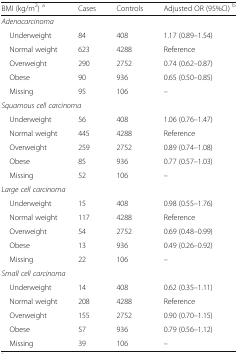
<table><thead><tr><td><b>BMI (kg/m<sup>2</sup>) <sup>a</sup></b></td><td><b>Cases</b></td><td><b>Controls</b></td><td><b>Adjusted OR (95%CI) <sup>b</sup></b></td></tr></thead><tbody><tr><td colspan="4"><i>Adenocarcinoma</i></td></tr><tr><td> Underweight</td><td>84</td><td>408</td><td>1.17 (0.89–1.54)</td></tr><tr><td> Normal weight</td><td>623</td><td>4288</td><td>Reference</td></tr><tr><td> Overweight</td><td>290</td><td>2752</td><td>0.74 (0.62–0.87)</td></tr><tr><td> Obese</td><td>90</td><td>936</td><td>0.65 (0.50–0.85)</td></tr><tr><td> Missing</td><td>95</td><td>106</td><td>–</td></tr><tr><td colspan="4"><i>Squamous cell carcinoma</i></td></tr><tr><td> Underweight</td><td>56</td><td>408</td><td>1.06 (0.76–1.47)</td></tr><tr><td> Normal weight</td><td>445</td><td>4288</td><td>Reference</td></tr><tr><td> Overweight</td><td>259</td><td>2752</td><td>0.89 (0.74–1.08)</td></tr><tr><td> Obese</td><td>85</td><td>936</td><td>0.77 (0.57–1.03)</td></tr><tr><td> Missing</td><td>52</td><td>106</td><td>–</td></tr><tr><td colspan="4"><i>Large cell carcinoma</i></td></tr><tr><td> Underweight</td><td>15</td><td>408</td><td>0.98 (0.55–1.76)</td></tr><tr><td> Normal weight</td><td>117</td><td>4288</td><td>Reference</td></tr><tr><td> Overweight</td><td>54</td><td>2752</td><td>0.69 (0.48–0.99)</td></tr><tr><td> Obese</td><td>13</td><td>936</td><td>0.49 (0.26–0.92)</td></tr><tr><td> Missing</td><td>22</td><td>106</td><td>–</td></tr><tr><td colspan="4"><i>Small cell carcinoma</i></td></tr><tr><td> Underweight</td><td>14</td><td>408</td><td>0.62 (0.35–1.11)</td></tr><tr><td> Normal weight</td><td>208</td><td>4288</td><td>Reference</td></tr><tr><td> Overweight</td><td>155</td><td>2752</td><td>0.90 (0.70–1.15)</td></tr><tr><td> Obese</td><td>57</td><td>936</td><td>0.79 (0.56–1.12)</td></tr><tr><td> Missing</td><td>39</td><td>106</td><td>–</td></tr></tbody></table>